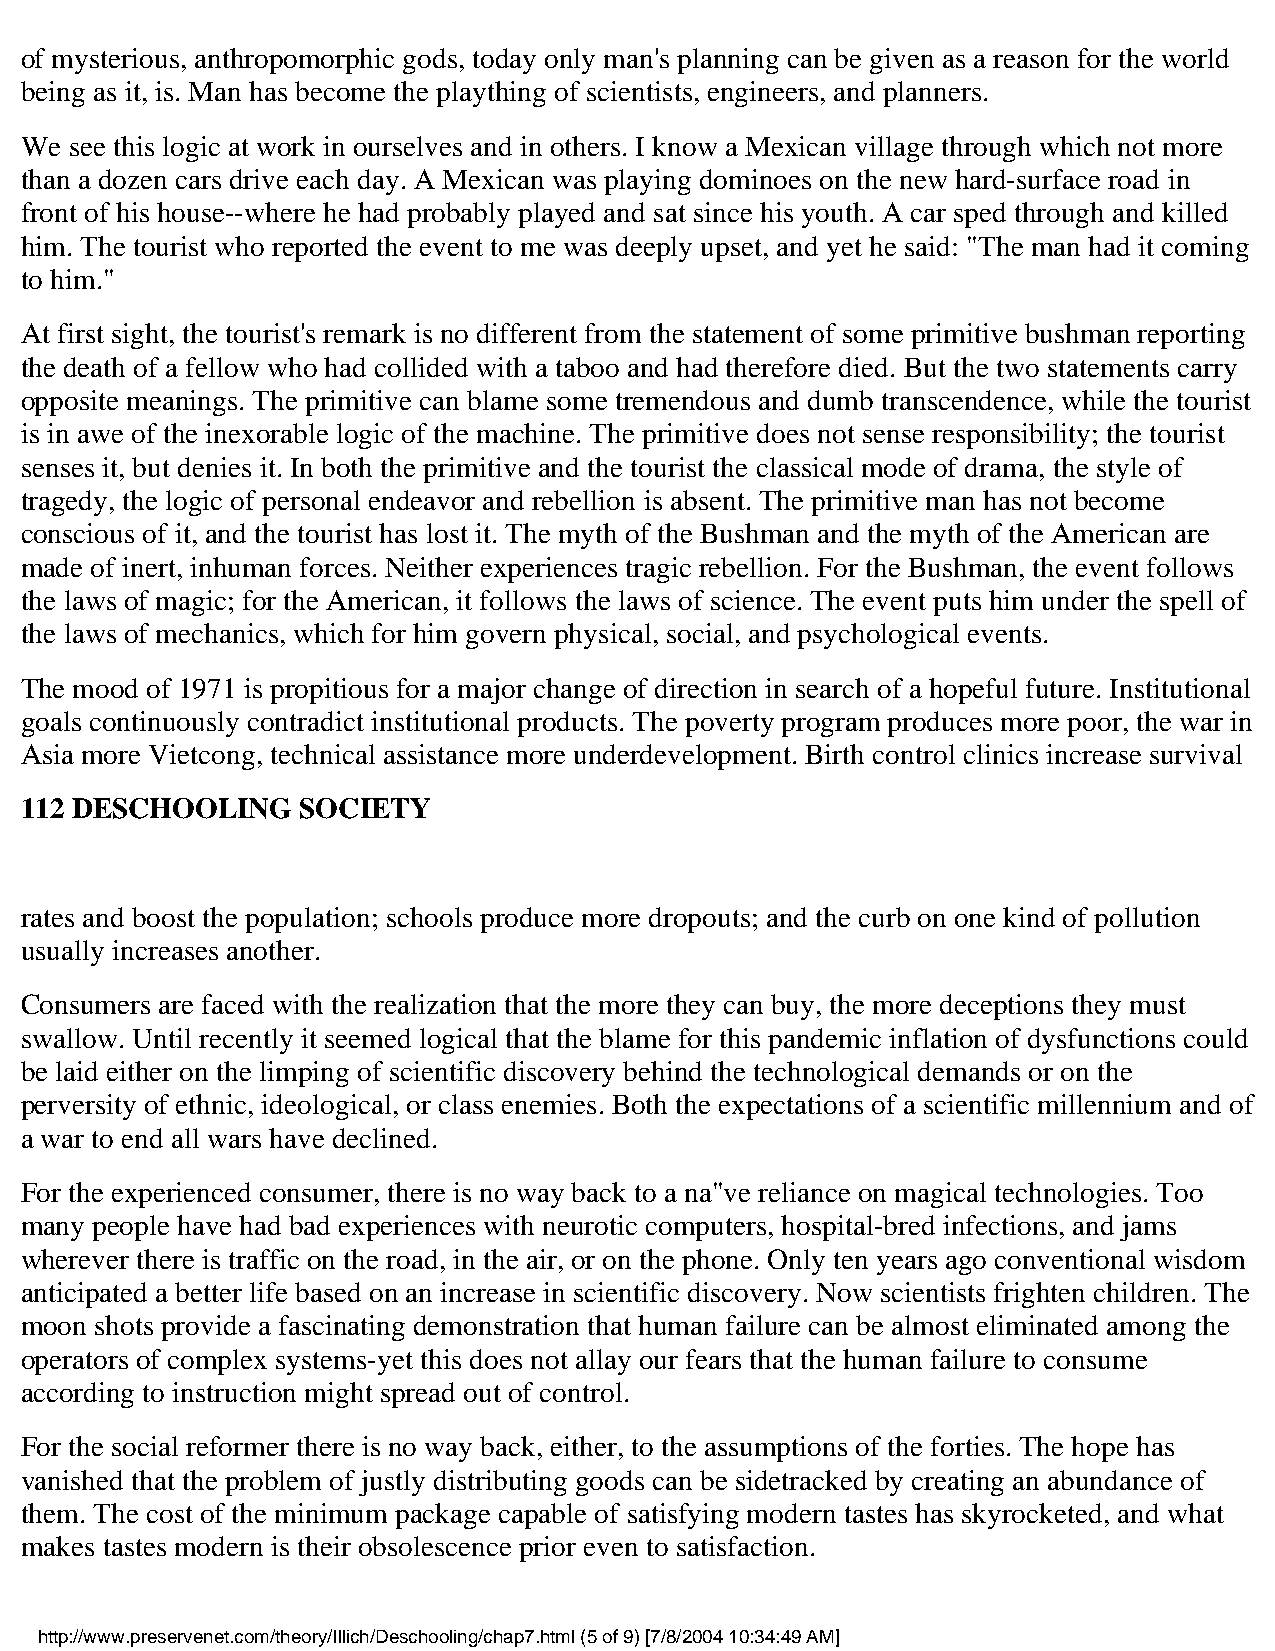
of mysterious, anthropomorphic gods, today only man's planning can be given as a reason for the world
 being as it, is. Man has become the plaything of scientists, engineers, and planners.
 We  see this logic at work in ourselves and in others. I know a Mexican village through which not more
 than a dozen cars drive each day. A Mexican was playing dominoes on the new hard-surface road in
 front of his house--where he had probably played and sat since his youth. A car sped through and killed
 him. The tourist who reported the event to me was deeply upset, and yet he said: "The man had it coming
 to him."
 At first sight, the tourist's remark is no different from the statement of some primitive bushman reporting
 the death of a fellow who had collided with a taboo and had therefore died. But the two statements carry
 opposite meanings. The primitive can blame some tremendous and dumb transcendence, while the tourist
 is in awe of the inexorable logic of the machine. The primitive does not sense responsibility; the tourist
 senses it, but denies it. In both the primitive and the tourist the classical mode of drama, the style of
 tragedy, the logic of personal endeavor and rebellion is absent. The primitive man has not become
 conscious of it, and the tourist has lost it. The myth of the Bushman and the myth of the American are
 made of inert, inhuman forces. Neither experiences tragic rebellion. For the Bushman, the event follows
 the laws of magic; for the American, it follows the laws of science. The event puts him under the spell of
 the laws of mechanics, which for him govern physical, social, and psychological events.
 The mood of 1971 is propitious for a major change of direction in search of a hopeful future. Institutional
 goals continuously contradict institutional products. The poverty program produces more poor, the war in
 Asia more Vietcong, technical assistance more underdevelopment. Birth control clinics increase survival
 112 DESCHOOLING    SOCIETY
 rates and boost the population; schools produce more dropouts; and the curb on one kind of pollution
 usually increases another.
 Consumers are faced with the realization that the more they can buy, the more deceptions they must
 swallow. Until recently it seemed logical that the blame for this pandemic inflation of dysfunctions could
 be laid either on the limping of scientific discovery behind the technological demands or on the
 perversity of ethnic, ideological, or class enemies. Both the expectations of a scientific millennium and of
 a war to end all wars have declined.
 For the experienced consumer, there is no way back to a na"ve reliance on magical technologies. Too
 many people have had bad experiences with neurotic computers, hospital-bred infections, and jams
 wherever there is traffic on the road, in the air, or on the phone. Only ten years ago conventional wisdom
 anticipated a better life based on an increase in scientific discovery. Now scientists frighten children. The
 moon shots provide a fascinating demonstration that human failure can be almost eliminated among the
 operators of complex systems-yet this does not allay our fears that the human failure to consume
 according to instruction might spread out of control.
 For the social reformer there is no way back, either, to the assumptions of the forties. The hope has
 vanished that the problem of justly distributing goods can be sidetracked by creating an abundance of
 them. The cost of the minimum package capable of satisfying modern tastes has skyrocketed, and what
 makes tastes modern is their obsolescence prior even to satisfaction.
 http://www.preservenet.com/theory/Illich/Deschooling/chap7.html (5 of 9) [7/8/2004 10:34:49 AM]